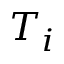
T _ { i }